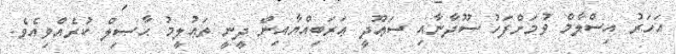
އަހަރު އިސްލާމް ވުމަށްފަހު ސޫދާނާއި ސަޢޫދީ ޢަރަބިއްޔާއިން ދީނީ ތަޢުލީމު ޙާޞިލް ކުރެއްވިއެވެ.